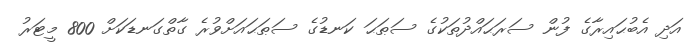
އަދި އެބުޙައިރާގެ ފުން ސަރަޙައްދުތަކުގެ ސަޠަޙަ ކަނޑުގެ ސަޠަޙައަށްވުރެ ގާތްގަނޑަކަށް 800 މީޓަރު